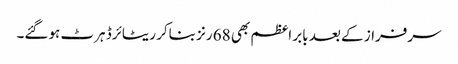
سرفراز کے بعد بابر اعظم بھی 68 رنز بناکر ریٹائرڈ ہرٹ ہوگئے۔